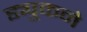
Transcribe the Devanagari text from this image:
ड्युकने